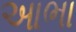
આભા